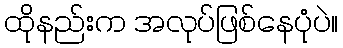
ထိုနည်းက အလုပ်ဖြစ်နေပုံပဲ။